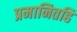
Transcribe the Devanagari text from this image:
प्रमानितहि